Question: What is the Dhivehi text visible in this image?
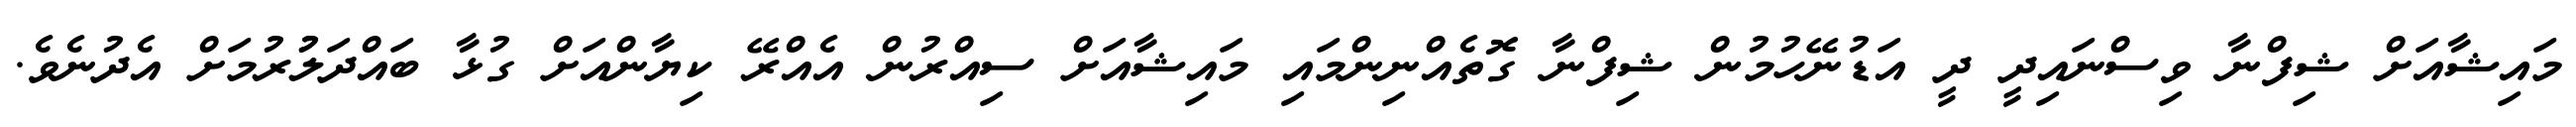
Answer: މައިޝާއަށް ޝިފްނާ ވިސްނައިދީ ދީ އަޑުނޭހުމުން ޝިފްނާ ގޮތެއްނިންމައި މައިޝާއަށް ސިއްރުން އެއްރޭ ކިޔާންއަށް ގުޅާ ބައްދަލުުރުމަށް އެދުނެވެ.